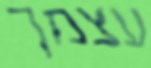
עצמך